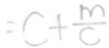
= c + \frac { m } { c }